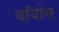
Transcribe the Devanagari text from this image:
बॉयोस